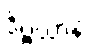
ဒိဗ္ဗယာနံ